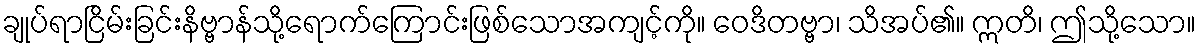
ချုပ်ရာငြိမ်းခြင်းနိဗ္ဗာန်သို့ရောက်ကြောင်းဖြစ်သောအကျင့်ကို။ ဝေဒိတဗ္ဗာ၊ သိအပ်၏။ ဣတိ၊ ဤသို့သော။